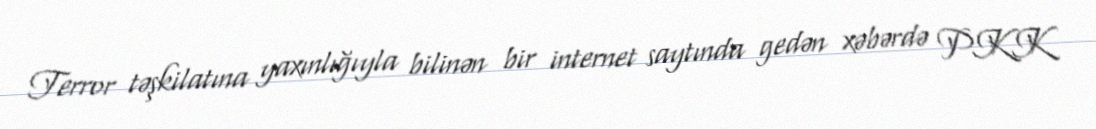
Terror təşkilatına yaxınlığıyla bilinən bir internet saytında gedən xəbərdə PKK